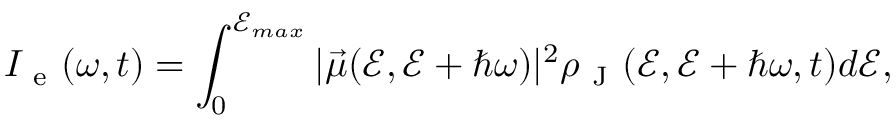
I _ { \mathrm { ~ e ~ } } ( \omega , t ) = \int _ { 0 } ^ { \mathcal { E } _ { m a x } } | \vec { \mu } ( \mathcal { E } , \mathcal { E } + \hbar \omega ) | ^ { 2 } \rho _ { \mathrm { ~ J ~ } } ( \mathcal { E } , \mathcal { E } + \hbar \omega , t ) d \mathcal { E } ,